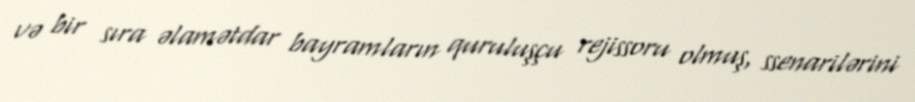
və bir sıra əlamətdar bayramların quruluşçu rejissoru olmuş, ssenarilərini